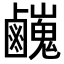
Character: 𪊃